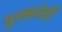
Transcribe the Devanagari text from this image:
पुल्लांजी